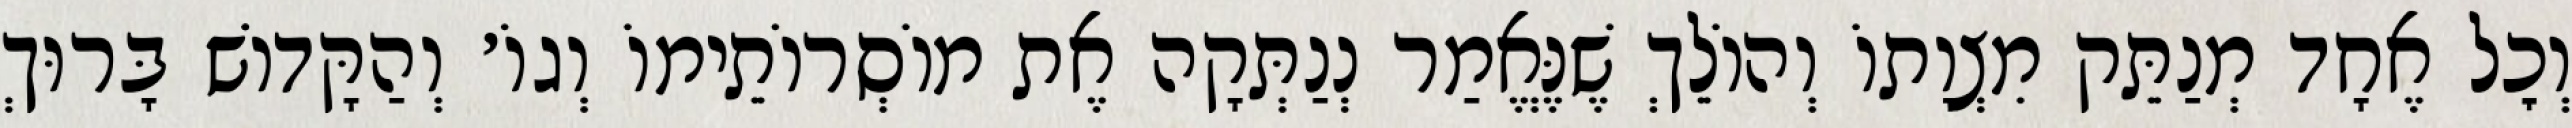
וְכׇל אֶחָד מְנַתֵּק מִצְוָתוֹ וְהוֹלֵךְ שֶׁנֶּאֱמַר נְנַתְּקָה אֶת מוֹסְרוֹתֵימוֹ וְגוֹ׳ וְהַקָּדוֹשׁ בָּרוּךְ